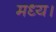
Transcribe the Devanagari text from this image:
मध्य।